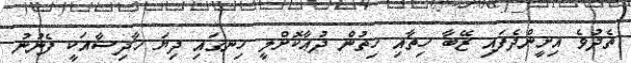
ތެދުވެ އިށީންދެފައި ޒޭބާ ހިތާއި ހިތުން ދުޢާކޮށްލީ ހިނގައި ދިޔަ ހާދިސާއަކީ ފެނުނު